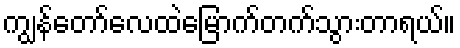
ကျွန်တော်လေထဲမြောက်တက်သွားတာရယ်။